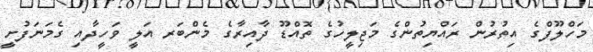
މަހްލޫފްގެ އިތުރުން ރައްޔިތުންގެ މަޖިލީހުގެ ތޮއްޑޫ ދާއިރާގެ މެންބަރ އަލީ ވަހީދާއި ގެމަނަފުށީ